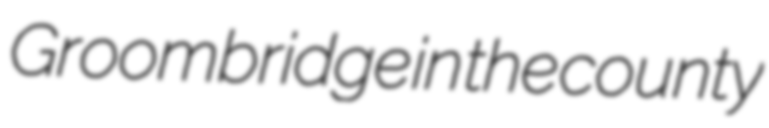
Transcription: Groombridge in the county